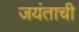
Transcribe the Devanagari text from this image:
जयंताची